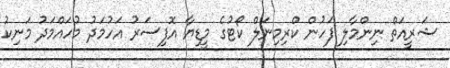
ޝަރީއަތް ނިންމާލި ފަހުން ކްރިމިނަލް ކޯޓުގެ މީޑިޔާ އޮފިސަރު އަހުމަދު މުހައްމަދު މަނިކު